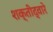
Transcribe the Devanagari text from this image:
शक्तीद्वारे